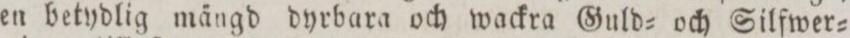
en betydlig mängd dyrbara och wackra Guld= och Silfwer=